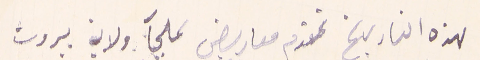
لهذه التاريخ تقدم معاريض لملجآ ولاية بيروت